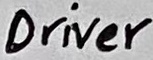
Text: Driver